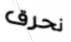
نحرق